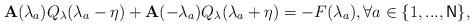
LaTeX: \begin{align*}\mathbf{A}(\lambda _{a})Q_{\mathbf{\lambda }}(\lambda _{a}-\eta )+\mathbf{A}(-\lambda _{a})Q_{\mathbf{\lambda }}(\lambda_{a}+\eta )=-F(\lambda _{a}),\forall a\in \{1,...,\mathsf{N}\} , \end{align*}